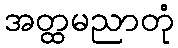
အတ္ထမညာတုံ